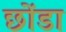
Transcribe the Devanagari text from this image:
छोंडा